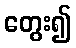
တွေး၍